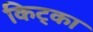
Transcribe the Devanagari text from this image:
किट्का